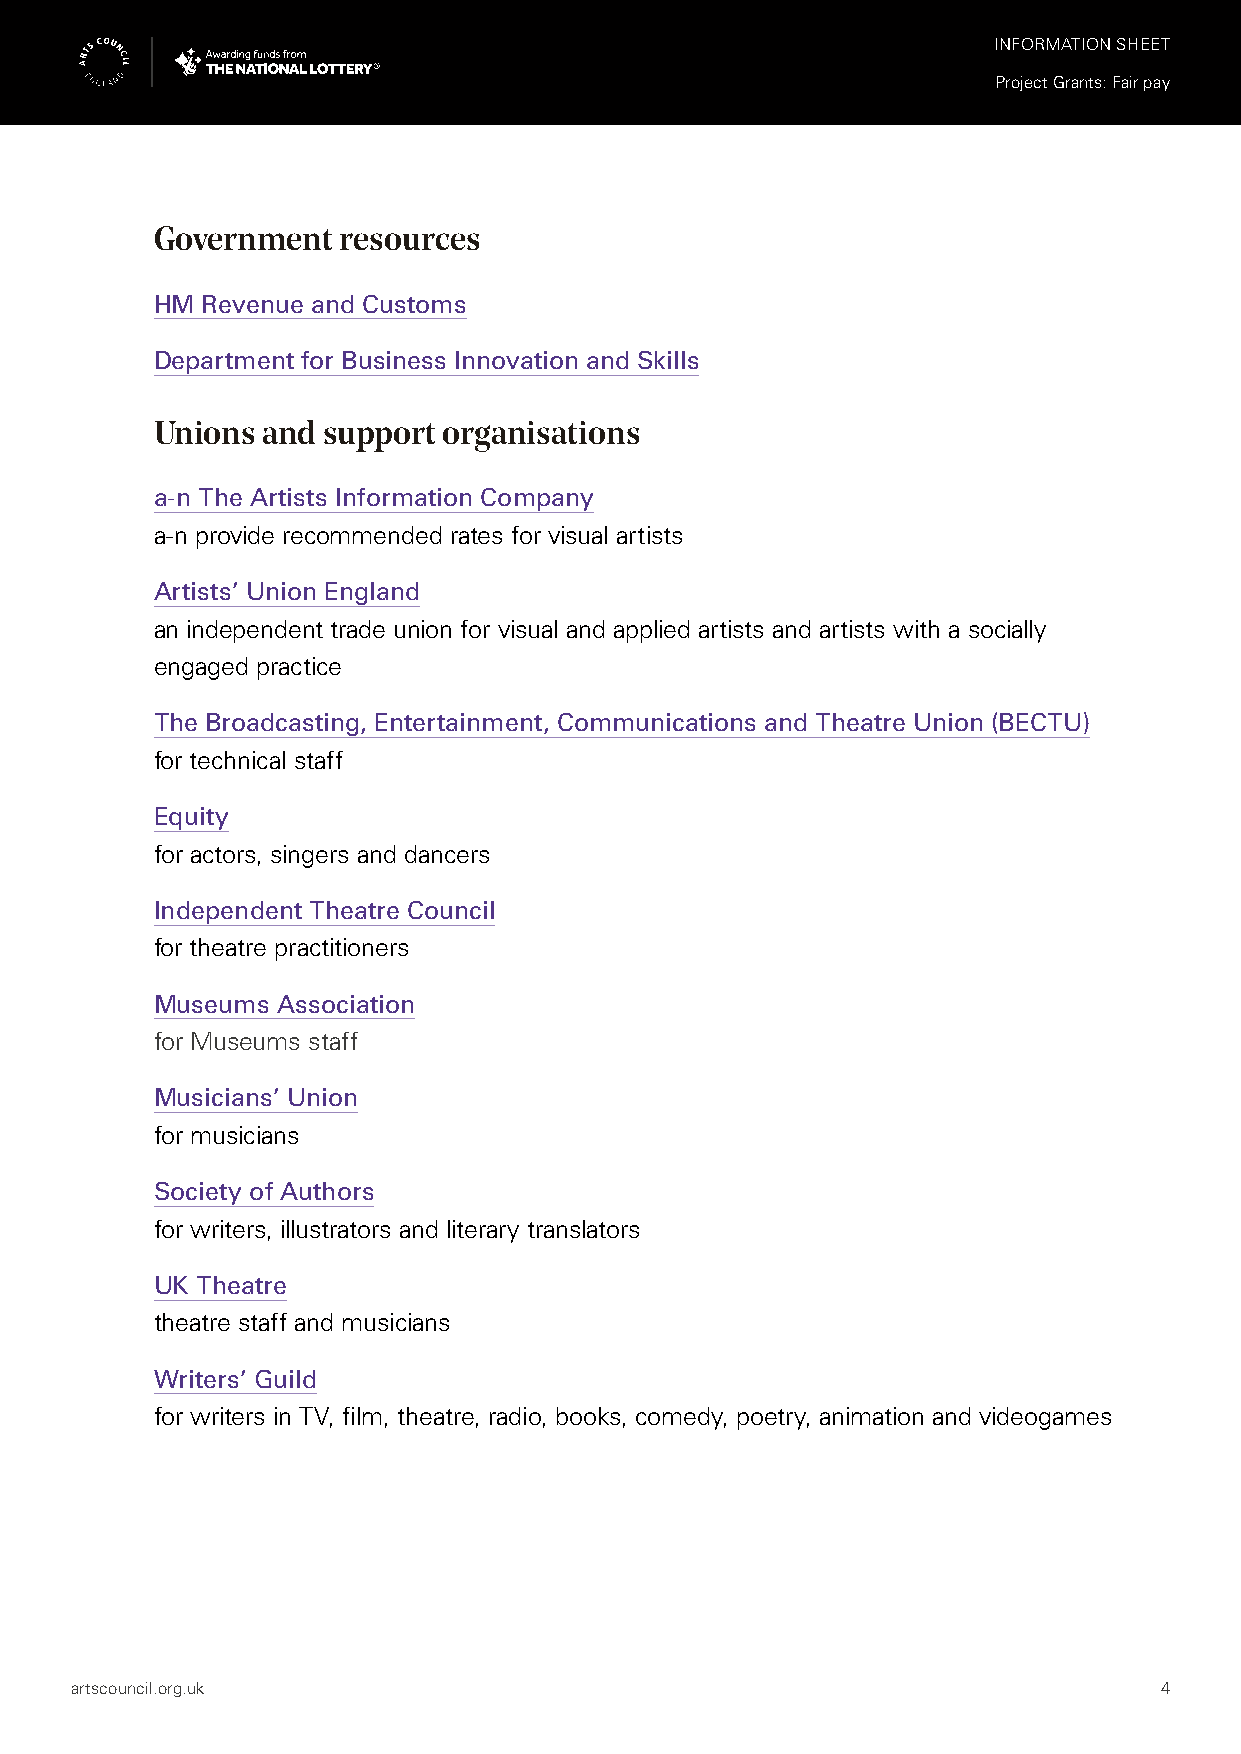
INFORMATION SHEET
 Project Grants: Fair pay
 Government  resources
 HM Revenue and Customs
 Department for Business Innovation and Skills
 Unions and support organisations
 a-n The Artists Information Company
 a-n provide recommended rates for visual artists
 Artists’ Union England
 an independent trade union for visual and applied artists and artists with a socially
 engaged practice
 The Broadcasting, Entertainment, Communications and Theatre Union (BECTU)
 for technical staff
 Equity
 for actors, singers and dancers
 Independent Theatre Council
 for theatre practitioners
 Museums Association
 for Museums staff
 Musicians’ Union
 for musicians
 Society of Authors
 for writers, illustrators and literary translators
 UK Theatre
 theatre staff and musicians
 Writers’ Guild
 for writers in TV, film, theatre, radio, books, comedy, poetry, animation and videogames
 artscouncil.org.uk                                                      4